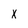
Character: x